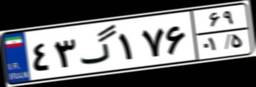
۴۳گ۱۷۶۶۹